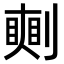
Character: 𠟰